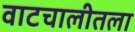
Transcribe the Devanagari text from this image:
वाटचालीतला